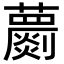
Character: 蘮